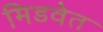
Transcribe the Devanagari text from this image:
मिडवेत